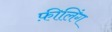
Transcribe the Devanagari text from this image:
फ़ीलिंग